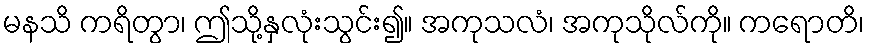
မနသိ ကရိတွာ၊ ဤသို့နှလုံးသွင်း၍။ အကုသလံ၊ အကုသိုလ်ကို။ ကရောတိ၊